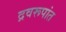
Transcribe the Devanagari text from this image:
द्रवरूपांत